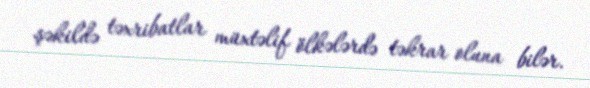
şəkildə təxribatlar müxtəlif ölkələrdə təkrar oluna bilər.